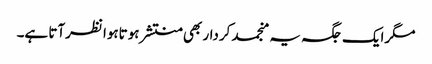
مگرایک جگہ یہ منجمد کردار بھی منتشر ہوتاہوا نظرآتا ہے۔